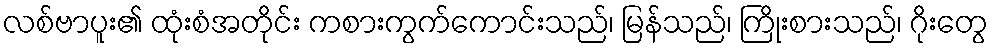
လစ်ဗာပူး၏ ထုံးစံအတိုင်း ကစားကွက်ကောင်းသည်၊ မြန်သည်၊ ကြိုးစားသည်၊ ဂိုးတွေ